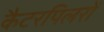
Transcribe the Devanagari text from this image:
कैटरपिलरों